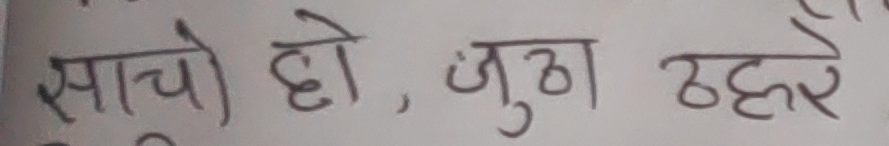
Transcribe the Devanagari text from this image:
साचो हो, जुठा ठहरे